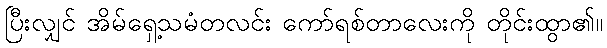
ပြီးလျှင် အိမ်ရှေ့သမံတလင်း ကော်ရစ်တာလေးကို တိုင်းထွာ၏။